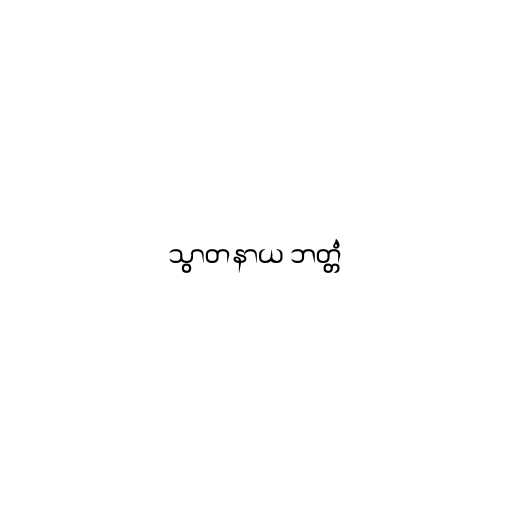
သွာတနာယ ဘတ္တံ